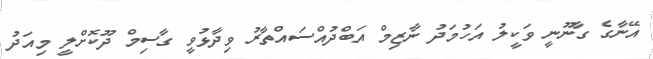
އޭނާގެ ގާނޫނީ ވަކީލު އަހުމަދު ނާޒިމް އަބްދުއްސައްތާރު ވިދާޅުވީ ގާސިމް ދޫކޮށްލީ މިއަދު